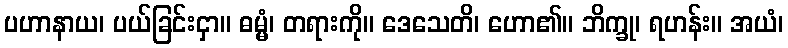
ပဟာနာယ၊ ပယ်ခြင်းငှာ။ ဓမ္မံ၊ တရားကို။ ဒေသေတိ၊ ဟော၏။ ဘိက္ခု၊ ရဟန်း။ အယံ၊